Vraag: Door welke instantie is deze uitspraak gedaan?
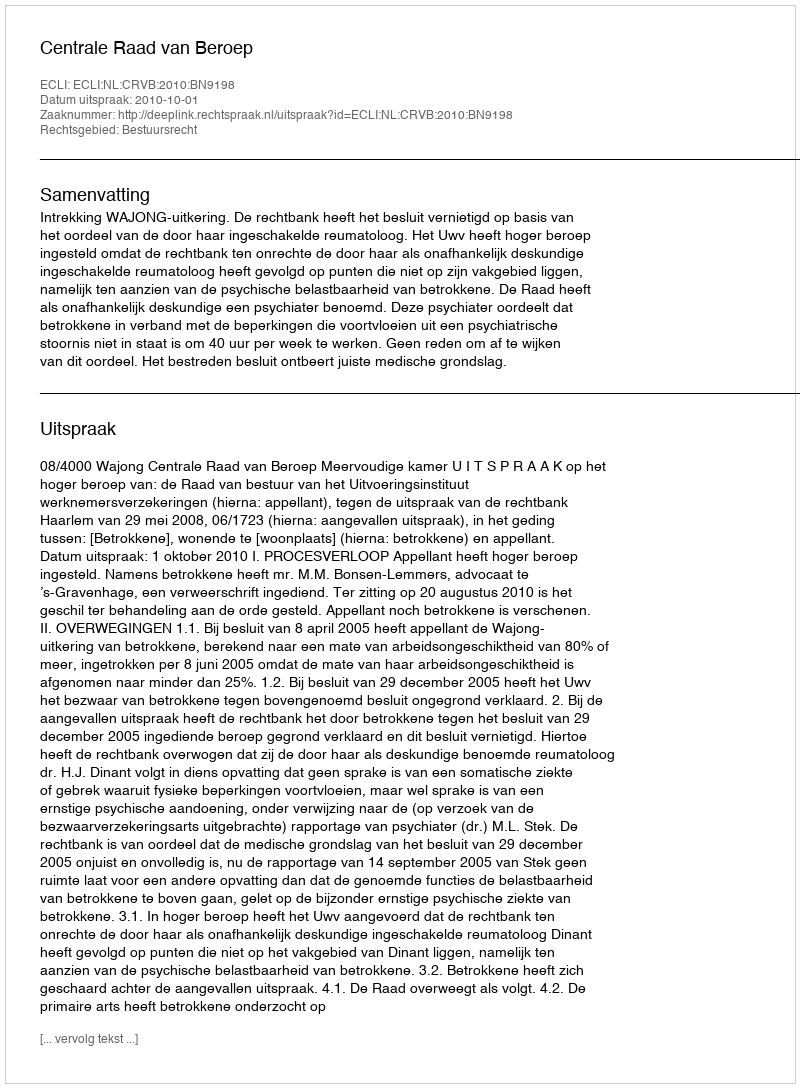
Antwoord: Centrale Raad van Beroep